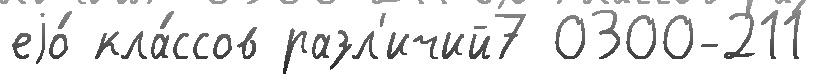
еjо́ кла́ссов разл'ичий7 0300-211